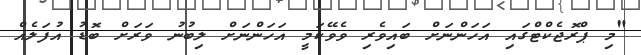
"މި ޕްރޮޖެކްޓްގައި އަހަންނަށް ބައިވެރި ވެވޭކަމީ އަހަންނަށް ލިބުނު ވަރަށް ބޮޑު އުފަލެއް